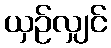
ယှဉ်လျှင်